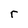
Character: r